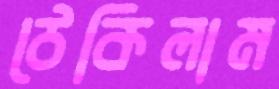
ঠেকিলাম